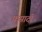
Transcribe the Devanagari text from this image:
फ़सादी